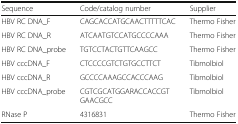
| Sequence | Code/catalog number | Supplier |
 | --- | --- | --- |
 | HBV RC DNA_F | CAGCACCATGCAACTTTTTCAC | Thermo Fisher |
 | HBV RC DNA_R | ATCAATGTCCATGCCCCAAA | Thermo Fisher |
 | HBV RC DNA_probe | TGTCCTACTGTTCAAGCC | Thermo Fisher |
 | HBV cccDNA_F | CTCCCCGTCTGTGCCTTCT | Tibmolbiol |
 | HBV cccDNA_R | GCCCCAAAGCCACCCAAG | Tibmolbiol |
 | HBV cccDNA_probe | CGTCGCATGGARACCACCGTGAACGCC | Tibmolbiol |
 | RNase P | 4316831 | Thermo Fisher |